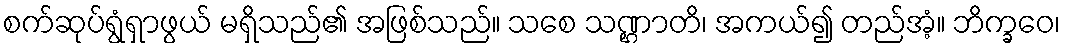
စက်ဆုပ်ရွံရှာဖွယ် မရှိသည်၏ အဖြစ်သည်။ သစေ သဏ္ဌာတိ၊ အကယ်၍ တည်အံ့။ ဘိက္ခဝေ၊